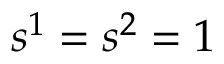
s ^ { 1 } = s ^ { 2 } = 1